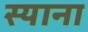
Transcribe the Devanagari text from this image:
स्‍याना